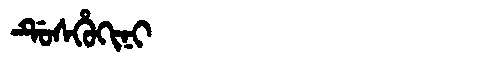
Manchu: ᡩᡠᠰᡥᡠᡴᡳᠨᡳ
Romanization: DUSHUKINI